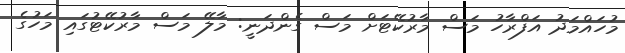
މުހައްމަދު އަފްރާހު މަސް މާރުކޭޓަށް މަސް ގެންދަނީ: މާލޭ މަސް މާރުކޭޓުގައި މަހުގެ